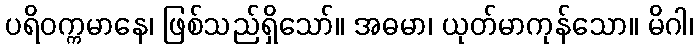
ပရိဝက္ကမာနေ၊ ဖြစ်သည်ရှိသော်။ အဓမာ၊ ယုတ်မာကုန်သော။ မိဂါ၊